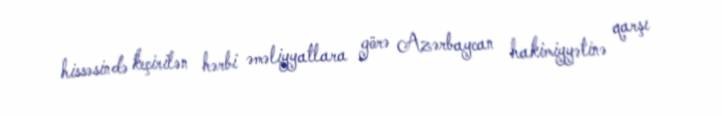
hissəsində keçirilən hərbi əməliyyatlara görə Azərbaycan hakimiyyətinə qarşı